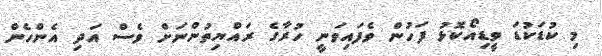
މި ކުޑަކުޑަ ވީޑިއޯކޮޅު ފަހުން ވެފައިވަނީ ހުރާގެ ރައްޔިތުންނަށް ވެސް އަދި އެންހެން